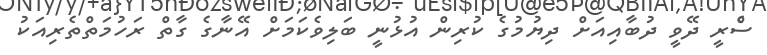
ސްެރީ ދޭވީ ދުބާއިއަށް ދިޔުމުގެ ކުރިން އުޅުނީ ބަލިވެކަމަށް އޭނާގެ ގާތް ރަހުމަތްތެރިއަކު